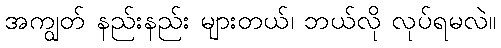
အကျွတ် နည်းနည်း များတယ်၊ ဘယ်လို လုပ်ရမလဲ။